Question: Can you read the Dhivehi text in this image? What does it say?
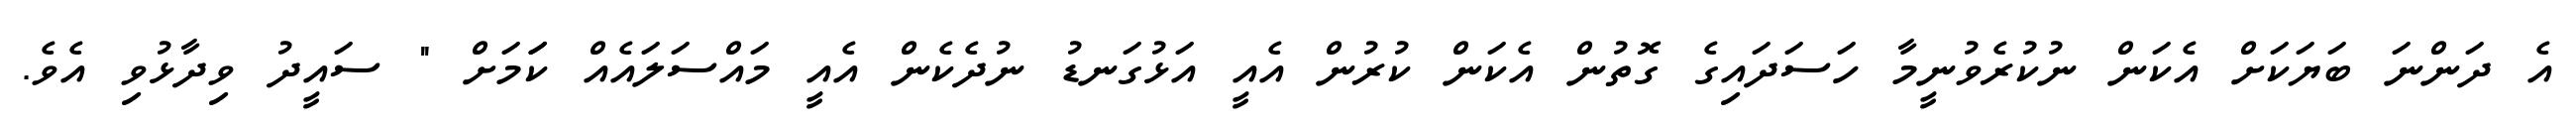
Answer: އެ ދަންނަ ބަޔަކަށް އެކަން ނުކުރެވުނީމާ ހަސަދައިގެ ގޮތުން އެކަން ކުރުން އެއީ އަޅުގަނޑު ނުދެކެން އެއީ މައްސަލައެއް ކަަމަށް " ސައީދު ވިދާޅުވި އެވެ.